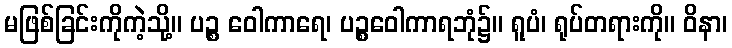
မဖြစ်ခြင်းကိုကဲ့သို့။ ပဉ္စ ဝေါကာရေ၊ ပဉ္စဝေါကာရဘုံ၌။ ရူပံ၊ ရုပ်တရားကို။ ဝိနာ၊